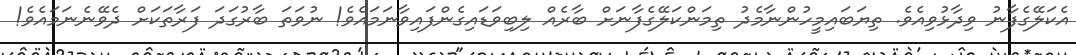
އެކަލޭގެފާނު ވިދާޅުވިއެވެ. ތިޔަބައިމީހުންނާމެދު ތިމަންކަލޭގެފާނަށް ބާރެއް ލިބިވަޑައިގެންފައިވާނަމައެވެ! ނުވަތަ ބާރުގަދަ ފަރާތަކަށް ދެވޭނެނަމައެވެ!